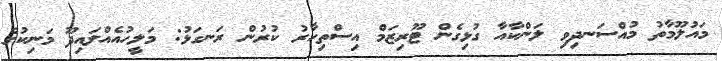
މައުލޫމާތު މުއްސަނދިވި ލަންކާއާ ގުޅިގެން ޓޫރިޒަމް އިސްތިހާރު ކުރުން ރަނގަޅު: މަލީހުއެއްލައިދޫ މަނިކުގެ